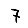
Digit: 7